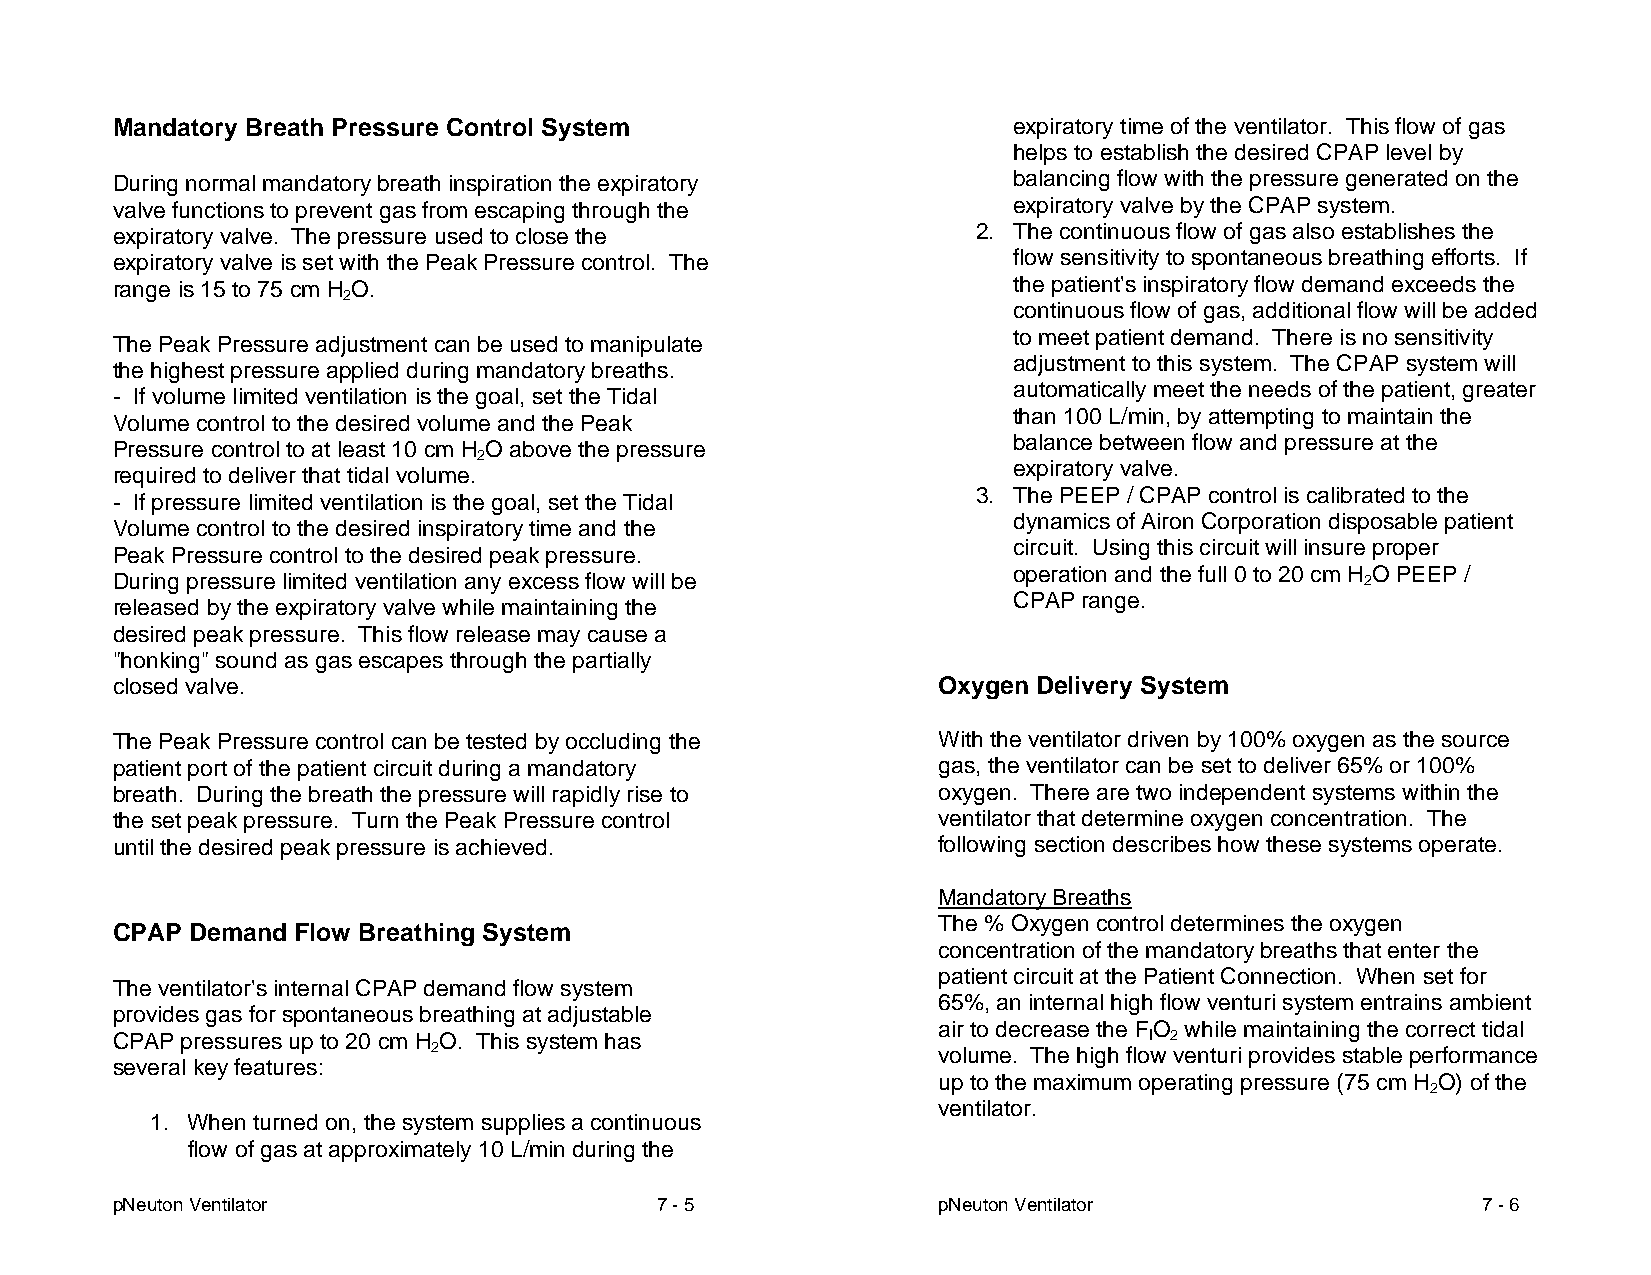
Mandatory Breath Pressure Control System                    expiratory time of the ventilator. This flow of gas
 helps to establish the desired CPAP level by
 During normal mandatory breath inspiration the expiratory   balancing flow with the pressure generated on the
 valve functions to prevent gas from escaping through the    expiratory valve by the CPAP system.
 expiratory valve. The pressure used to close the          2. The continuous flow of gas also establishes the
 expiratory valve is set with the Peak Pressure control. The flow sensitivity to spontaneous breathing efforts. If
 range is 15 to 75 cm H O.                                   the patient's inspiratory flow demand exceeds the
 2
 continuous flow of gas, additional flow will be added
 to meet patient demand. There is no sensitivity
 The Peak Pressure adjustment can be used to manipulate
 adjustment to this system. The CPAP system will
 the highest pressure applied during mandatory breaths.
 automatically meet the needs of the patient, greater
 - If volume limited ventilation is the goal, set the Tidal
 than 100 L/min, by attempting to maintain the
 Volume control to the desired volume and the Peak
 balance between flow and pressure at the
 Pressure control to at least 10 cm H O above the pressure
 2
 expiratory valve.
 required to deliver that tidal volume.
 3. The PEEP / CPAP control is calibrated to the
 - If pressure limited ventilation is the goal, set the Tidal
 dynamics of Airon Corporation disposable patient
 Volume control to the desired inspiratory time and the
 circuit. Using this circuit will insure proper
 Peak Pressure control to the desired peak pressure.
 operation and the full 0 to 20 cm H O PEEP /
 During pressure limited ventilation any excess flow will be                        2
 CPAP range.
 released by the expiratory valve while maintaining the
 desired peak pressure. This flow release may cause a
 "honking" sound as gas escapes through the partially
 closed valve.                                          Oxygen Delivery System
 The Peak Pressure control can be tested by occluding the With the ventilator driven by 100% oxygen as the source
 patient port of the patient circuit during a mandatory gas, the ventilator can be set to deliver 65% or 100%
 breath. During the breath the pressure will rapidly rise to oxygen. There are two independent systems within the
 the set peak pressure. Turn the Peak Pressure control  ventilator that determine oxygen concentration. The
 until the desired peak pressure is achieved.           following section describes how these systems operate.
 Mandatory Breaths
 The % Oxygen control determines the oxygen
 CPAP  Demand Flow Breathing System
 concentration of the mandatory breaths that enter the
 patient circuit at the Patient Connection. When set for
 The ventilator's internal CPAP demand flow system
 65%, an internal high flow venturi system entrains ambient
 provides gas for spontaneous breathing at adjustable
 air to decrease the FO while maintaining the correct tidal
 CPAP pressures up to 20 cm H O. This system has                      I 2
 2                                volume. The high flow venturi provides stable performance
 several key features:
 up to the maximum operating pressure (75 cm H O) of the
 2
 ventilator.
 1. When turned on, the system supplies a continuous
 flow of gas at approximately 10 L/min during the
 pNeuton Ventilator                  7 - 5              pNeuton Ventilator                  7 - 6